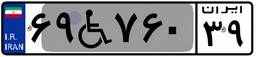
۶۹W۷۶۰۳۹